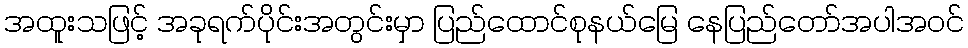
အထူးသဖြင့် အခုရက်ပိုင်းအတွင်းမှာ ပြည်ထောင်စုနယ်မြေ နေပြည်တော်အပါအဝင်